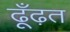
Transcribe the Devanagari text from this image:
ढूँढ़त